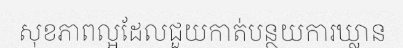
សុខភាពល្អដែលជួយកាត់បន្ថយការឃ្លាន